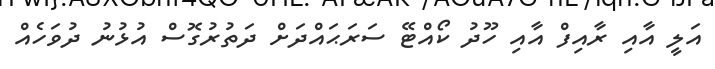
އަލީ އާއި ރާއިފް އާއި ހޫދު ކޯއްޓޭ ސަރަޙައްދަށް ދަތުރުގޮސް އުޅުނު ދުވަހެއް